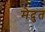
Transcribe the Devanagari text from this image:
मेदुत